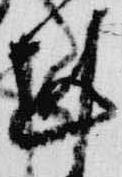
剋